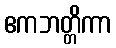
ဧကဘတ္တိကာ